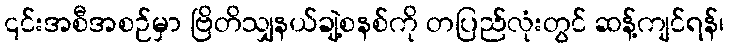
၎င်းအစီအစဉ်မှာ ဗြိတိသျှနယ်ချဲ့စနစ်ကို တပြည်လုံးတွင် ဆန့်ကျင်ရန်၊